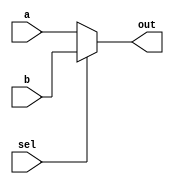
module mux21_if(a, b, sel, out);
input [1:0] a, b;
input sel;
output [1:0] out;
reg [1:0] out;

always @(a or b or sel)begin
	if(!sel)
		out <= a;
	else
		out <= b;
end
endmodule